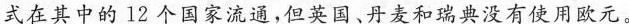
式在其中的12个国家流通，但英国、丹麦和瑞典没有使用欧元。